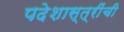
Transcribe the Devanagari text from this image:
पदेशास्त्रींची